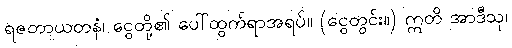
ရဇတာယတနံ၊ ငွေတို့၏ ပေါ်ထွက်ရာအရပ်။ (ငွေတွင်း။) ဣတိ အာဒီသု၊